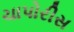
ચાપોરીસ